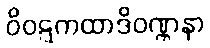
ဝိဝဋ္ဋကထာဒိဝဏ္ဏနာ